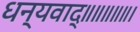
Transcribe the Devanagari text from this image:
धन्यवाद्॥॥॥॥॥।